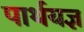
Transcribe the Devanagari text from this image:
पार्थयज्ञ